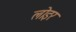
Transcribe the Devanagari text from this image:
लोइर